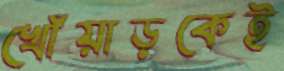
খোঁয়াড়কেই